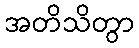
အတိသိတွာ